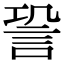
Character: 𧦬